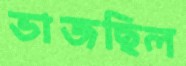
ভাজছিল